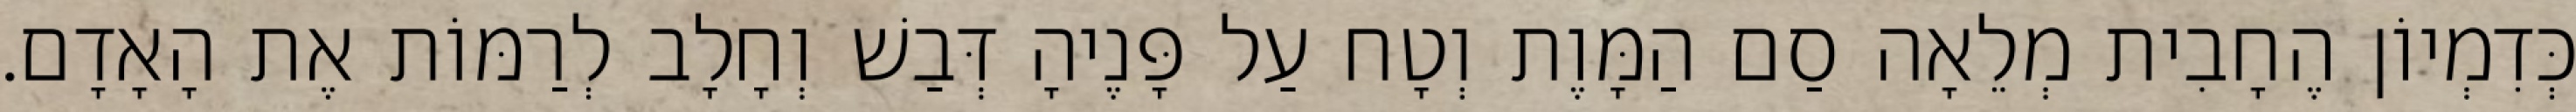
כְּדִמְיוֹן הֶחָבִית מְלֵאָה סַם הַמָּוֶת וְטָח עַל פָּנֶיהָ דְּבַשׁ וְחָלָב לְרַמּוֹת אֶת הָאָדָם.